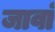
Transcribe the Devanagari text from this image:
जावां